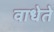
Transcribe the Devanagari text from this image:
वाधेते